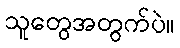
သူတွေအတွက်ပဲ။